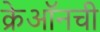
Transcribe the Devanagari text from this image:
क्रेऑनची